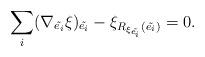
LaTeX: \begin{align*}\sum_i (\nabla_{\tilde{e_i}}\xi)_{\tilde{e_i}}-\xi_{R_{\xi_{\tilde{e_i}}}(\tilde{e_i})}=0.\end{align*}